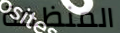
المنظمة